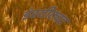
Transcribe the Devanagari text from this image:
इंस्टीट्यट